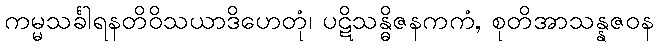
ကမ္မသင်္ခါရနတိဝိသယာဒိဟေတုံ၊ ပဋိသန္ဓိဇနကကံ, စုတိအာသန္နဇဝန